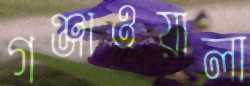
গঞ্জাওয়ালা